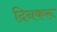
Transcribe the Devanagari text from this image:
दिनकरू